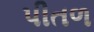
પીતળ